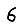
Digit: 6